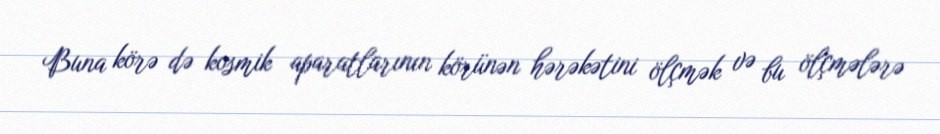
Buna körə də kosmik aparatlarının körünən hərəkətini ölçmək və bu ölçmələrə